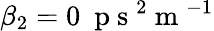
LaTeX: \beta_{2}=0~\mathrm{~p~s~}^{2}\mathrm{~m~}^{-1}